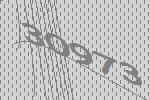
30973